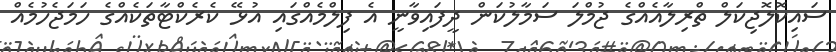
ސައިކޮލޮޖިކަލް ތްރިލާއެއްގެ ޖުމްލަ ސަމާލުކަން ދީފައިވާނީ އެ ފިލްމެއްގައި އުޅޭ ކެރެކްޓާތަކެއްގެ ހަމަޖެހުމެއް